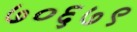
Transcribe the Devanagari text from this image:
७०६७९